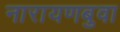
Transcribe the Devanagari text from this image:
नारायणबुवा